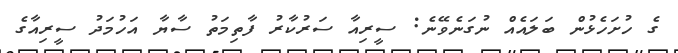
ގެ ހުށަހެޅުން ބަލައެއް ނުގަނެވޭނެ: ސީރިއާ ސަރުކާރު ފާތިމަތު ސާޔާ އަހުމަދު ސީރިއާގެ